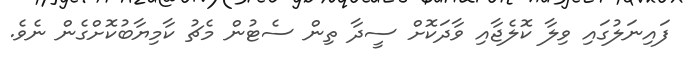
ފައިނަލުގައި ވިލާ ކޮލެޖާއި ވާދަކޮށް ސީދާ ތިން ސެޓުން މެޗު ކާމިޔާބުކޮށްގެން ނެވެ.